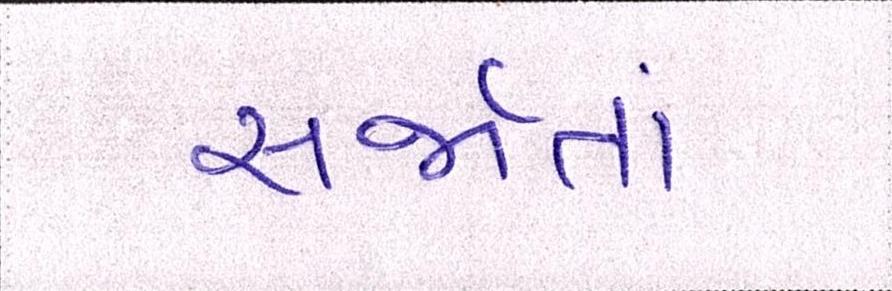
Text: સર્જાતાં